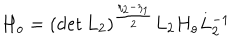
H _ { o } = ( \det L _ { 2 } ) ^ { \frac { \eta _ { 2 } - \eta _ { 1 } } { 2 } } L _ { 2 } H _ { o } L _ { 2 } ^ { - 1 }